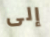
إلى